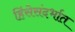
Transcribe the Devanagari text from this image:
हिंसेसंदर्भात